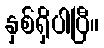
နှစ်ရှိပါပြီ။